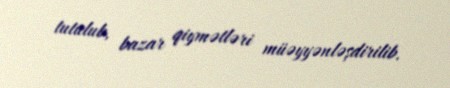
tutulub, bazar qiymətləri müəyyənləşdirilib.